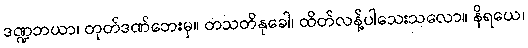
ဒဏ္ဍဘယာ၊ တုတ်ဒဏ်ဘေးမှ။ တသတိနုခေါ၊ ထိတ်လန့်ပါသေးသလော။ နိရယေ၊